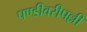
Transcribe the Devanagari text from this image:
पण्डीवरीपल्ली